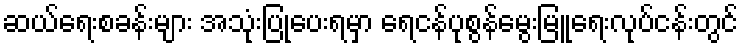
ဆယ်ရေးစခန်းများ အသုံးပြုပေးရမှာ ရေငန်ပုစွန်မွေးမြူရေးလုပ်ငန်းတွင်